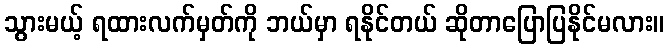
သွားမယ့် ရထားလက်မှတ်ကို ဘယ်မှာ ရနိုင်တယ် ဆိုတာပြောပြနိုင်မလား။